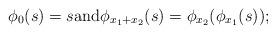
LaTeX: \begin{align*}\phi_0(s)=s \mbox{and} \phi_{x_1+x_2}(s)=\phi_{x_2}(\phi_{x_1}(s));\end{align*}